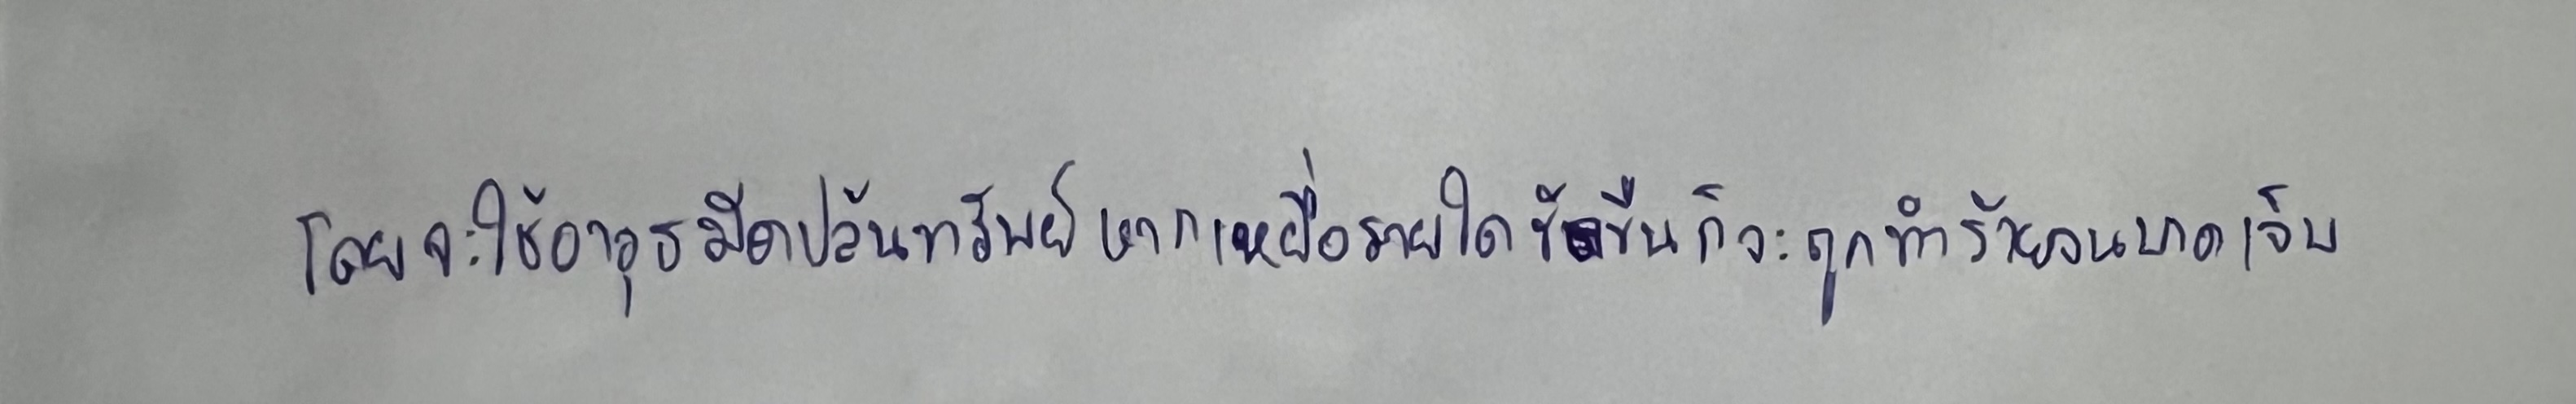
โดยจะใช้อาวุธมีดปล้นทรัพย์หากเหยื่อรายใดขัดขืนก็จะถูกทำร้ายจนบาดเจ็บ